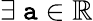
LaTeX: \exists~\mathtt{a}\in\mathbb{{R}}